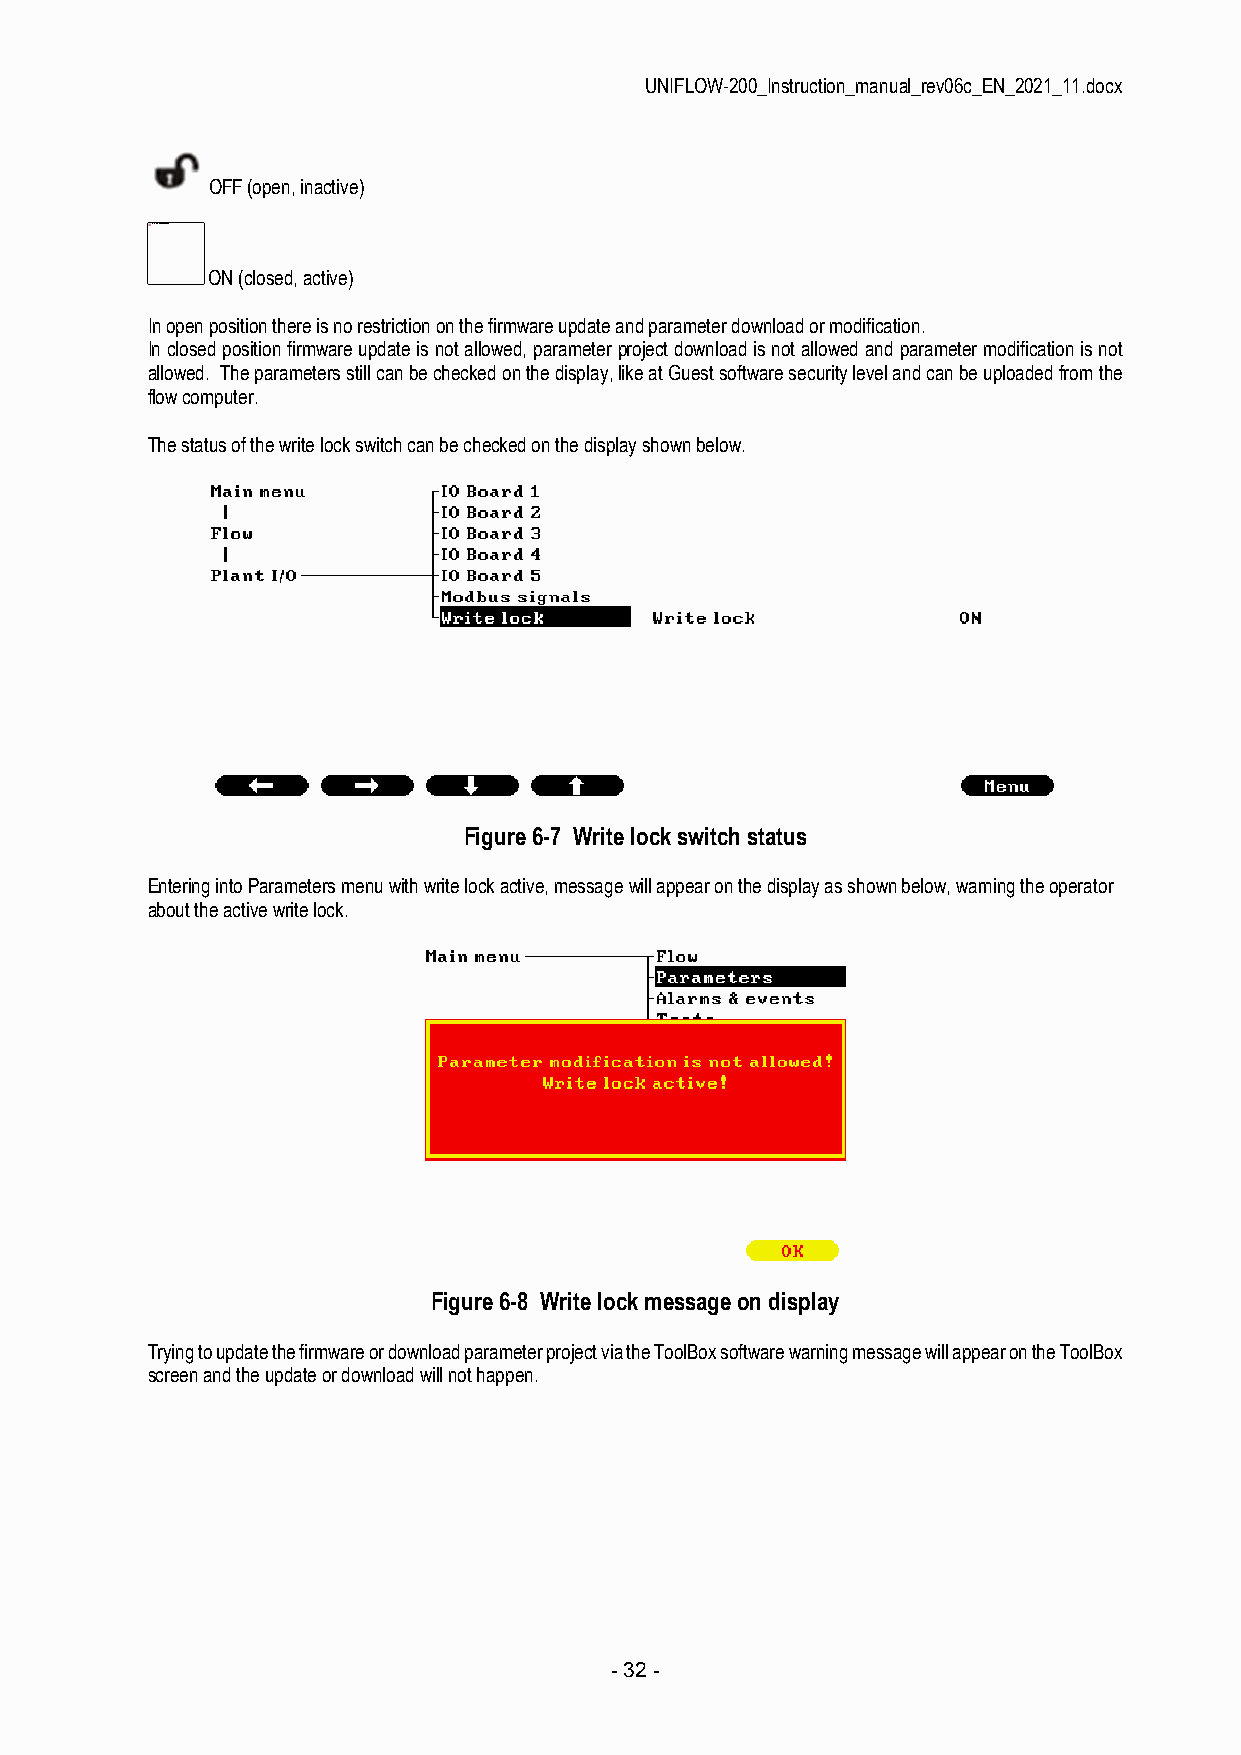
UNIFLOW-200_Instruction_manual_rev06c_EN_2021_11.docx
 OFF (open, inactive)
 The picture can't be displayed.
 ON (closed, active)
 In open position there is no restriction on the firmware update and parameter download or modification.
 In closed position firmware update is not allowed, parameter project download is not allowed and parameter modification is not
 allowed. The parameters still can be checked on the display, like at Guest software security level and can be uploaded from the
 flow computer.
 The status of the write lock switch can be checked on the display shown below.
 Figure 6-7 Write lock switch status
 Entering into Parameters menu with write lock active, message will appear on the display as shown below, warning the operator
 about the active write lock.
 Figure 6-8 Write lock message on display
 Trying to update the firmware or download parameter project via the ToolBox software warning message will appear on the ToolBox
 screen and the update or download will not happen.
 - 32 -